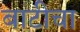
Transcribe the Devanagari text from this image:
बाटीचा